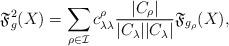
LaTeX: \begin{align*}\mathfrak{F}^2_g(X)=\sum_{\rho\in \mathcal{I}}c_{\lambda\lambda}^\rho\frac{|C_\rho|}{|C_\lambda||C_\lambda|}\mathfrak{F}_{g_\rho}(X),\end{align*}